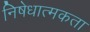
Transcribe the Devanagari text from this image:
निषेधात्मकता